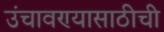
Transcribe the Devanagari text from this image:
उंचावण्यासाठीची